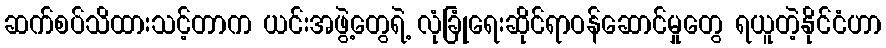
ဆက်စပ်သိထားသင့်တာက ယင်းအဖွဲ့တွေရဲ့ လုံခြုံရေးဆိုင်ရာဝန်ဆောင်မှုတွေ ရယူတဲ့နိုင်ငံဟာ